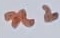
Text: n2